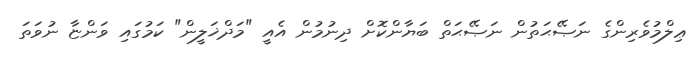
ޢިލްމުވެރިންގެ ނަޞޭޙަތުން ނަޞޭޙަތް ބަޔާންކޮށް ދިނުމުން އެއީ "މަދްޚަލީން" ކަމުގައި ވަންޏާ ނުވަތަ